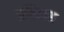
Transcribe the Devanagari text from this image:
प्रतिहास